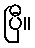
ပြီ။